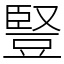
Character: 豎